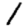
Digit: 1